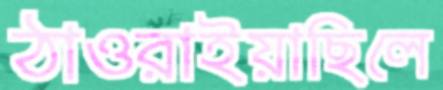
ঠাওরাইয়াছিলে